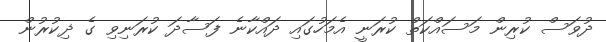
ދުވަސް ކުރިން މަސައްކަތް ކުރަނީ އެމަހުގައި ދައްކާނެ ފަސާދަ ކުރަނިވި ގެ ޛިކުރުން